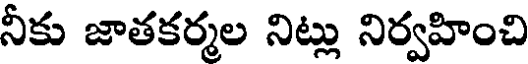
నీకు జాతకర్మల నిట్లు నిర్వహించి